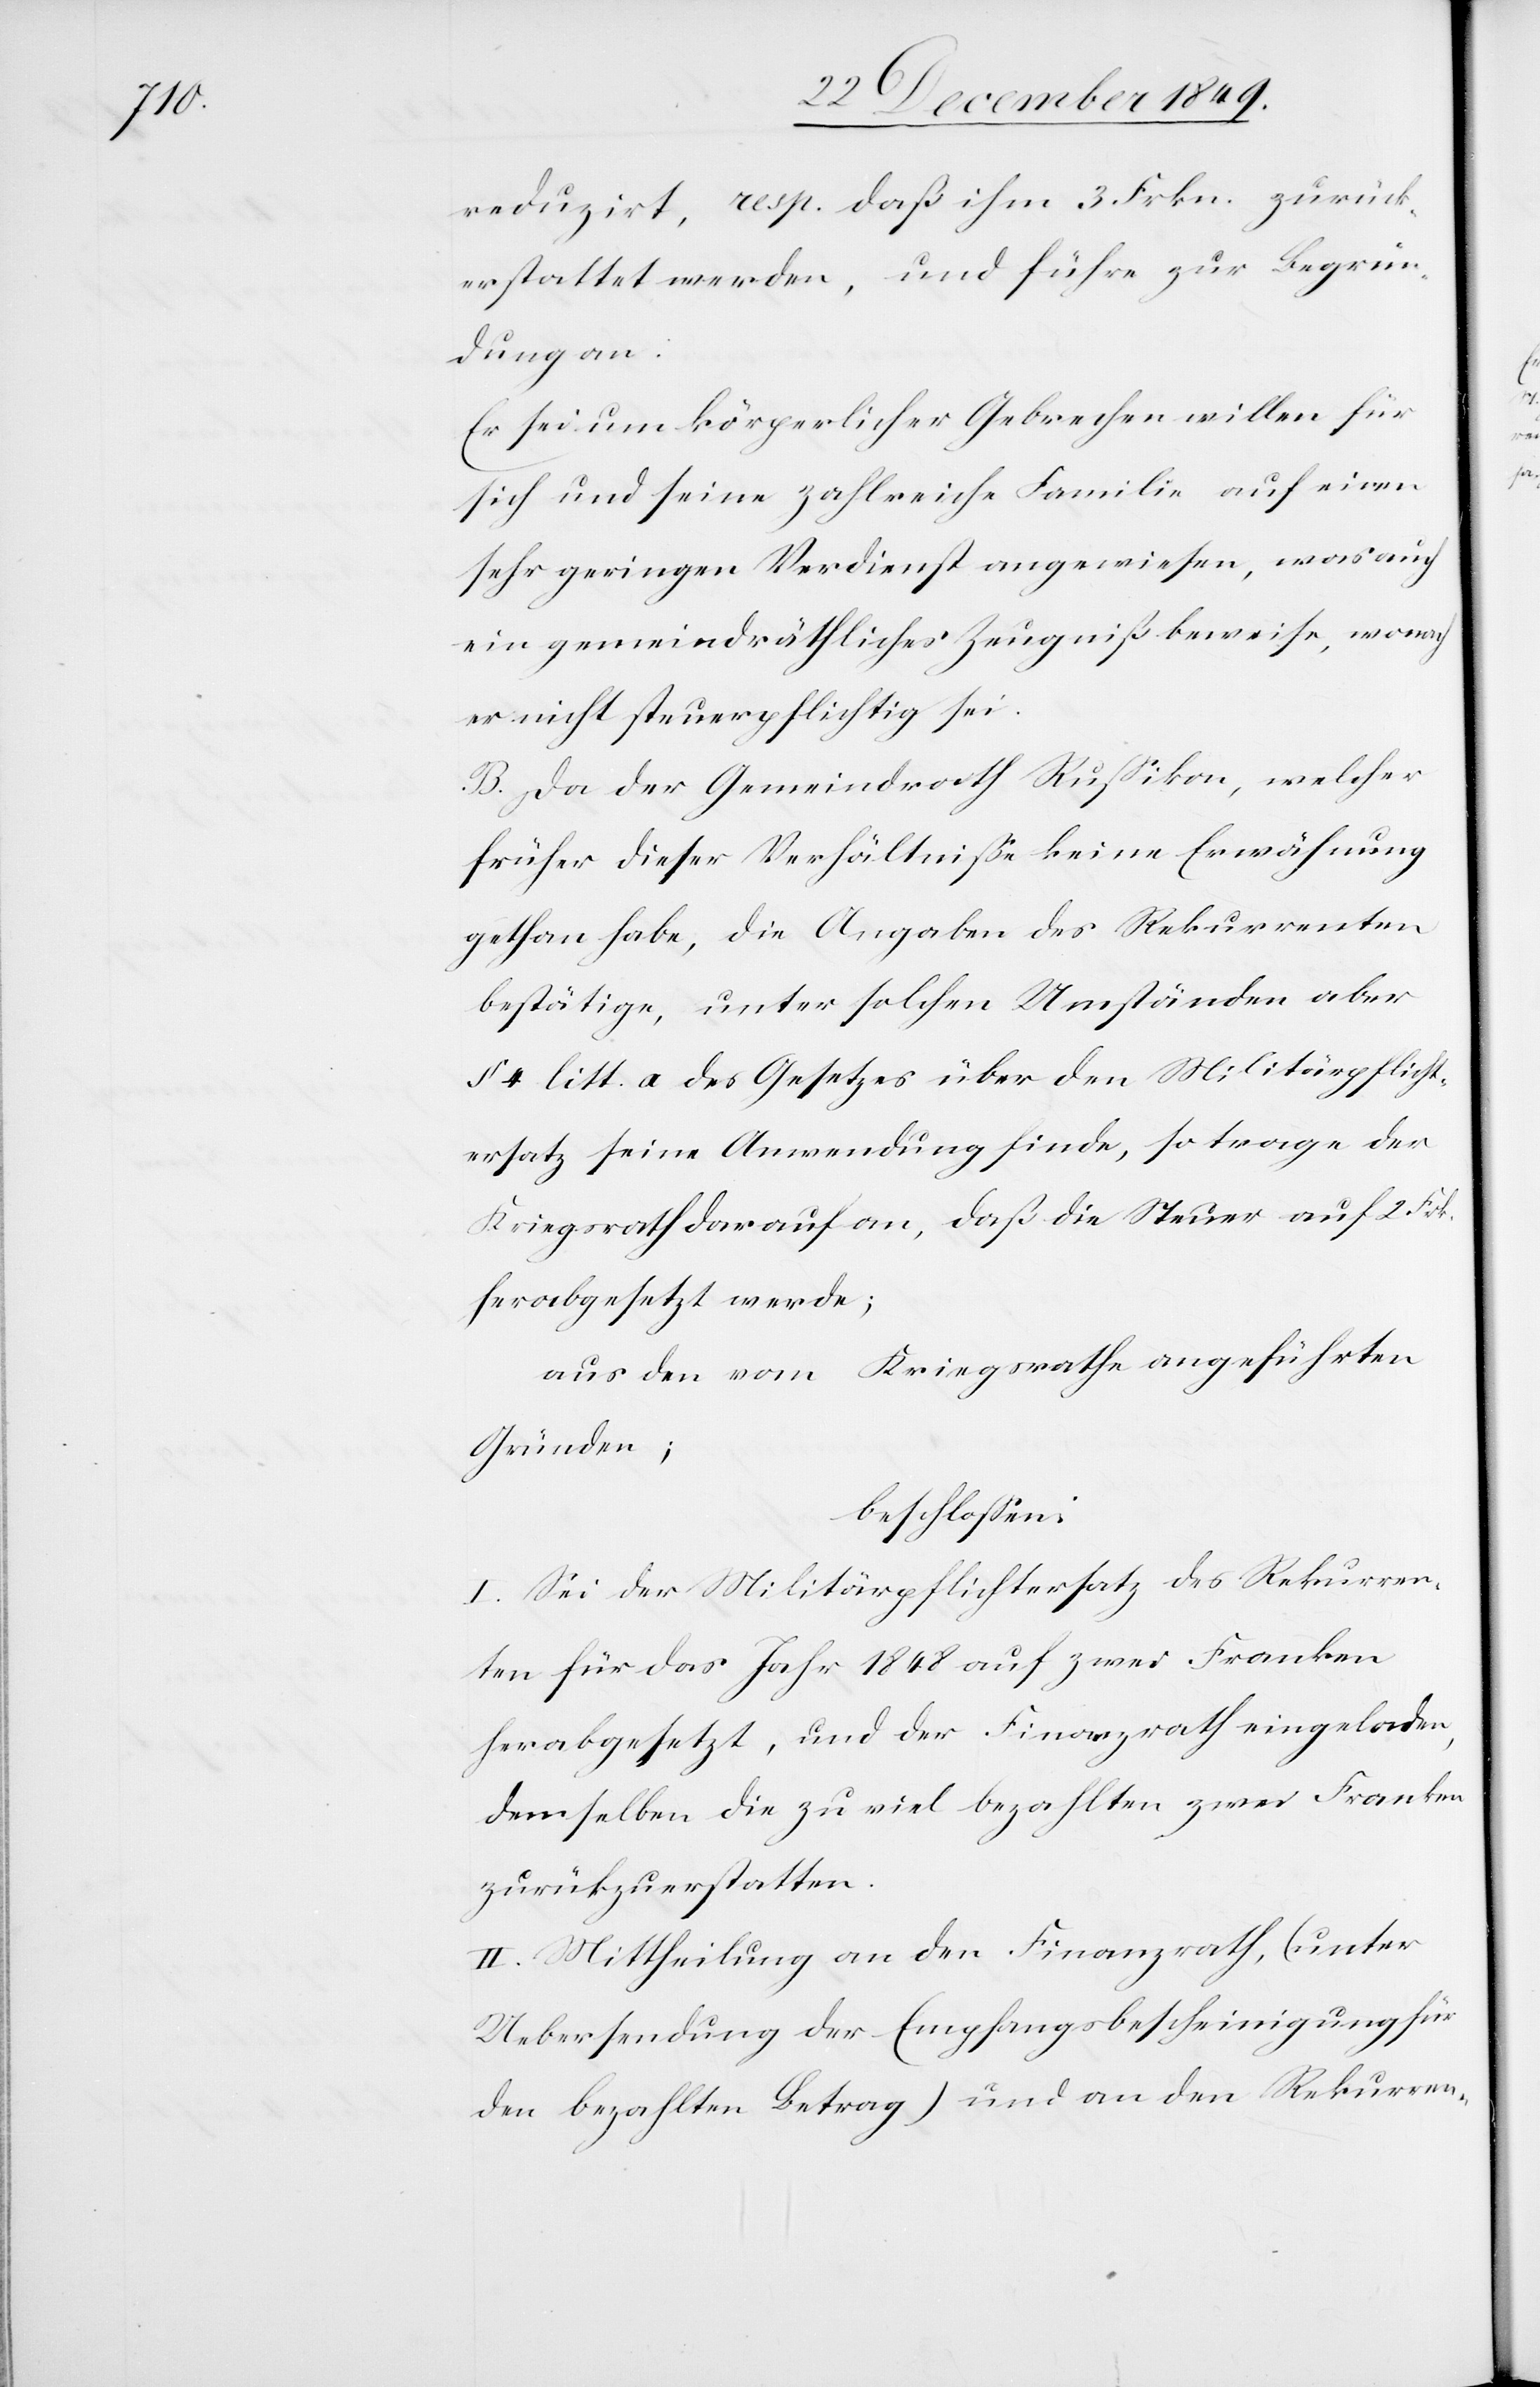
reduzirt, resp. daß ihm 3 Frkn. zurück¬
erstattet werden, und führe zur Begrün¬
dung an:
Er sei körperlicher Gebrechen willen für
sich und seine zahlreiche Familie auf einen
sehr geringen Verdienst angewiesen, was auch
ein gemeindräthliches Zeugniß beweise, wonach
er nicht steuerpflichtig sei.
B. Da der Gemeindrath Rußikon, welcher
früher dieser Verhältniße keine Erwähnung
gethan habe, die Angaben des Rekurrenten
bestätige, unter solchen Umständen aber
§ 4 litt. a. des Gesetzes über den Militärpflicht¬
ersatz seine Anwendung finde, so trage der
Kriegsrath darauf an, daß die Steuer auf 2 Frk.
herabgesetzt werde;
Aus den vom Kriegsrathe angeführten
Gründen;
beschloßen:
I. Sei der Militärpflichtersatz des Rekurren¬
ten für das Jahr 1848 auf zwei Franken
herabgesetzt, und der Finanzrath eingeladen,
demselben die zu viel bezahlten zwei Franken
zurückzuerstatten.
II. Mittheilung an den Finanzrath, (unter
Uebersendung der Empfangsbescheinigung für
den bezahlten Betrag) und an den Rekurren-